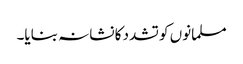
مسلمانوں کو تشدد کا نشانہ بنایا۔